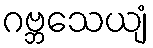
ဂဗ္ဘသေယျံ